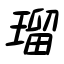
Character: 瑠